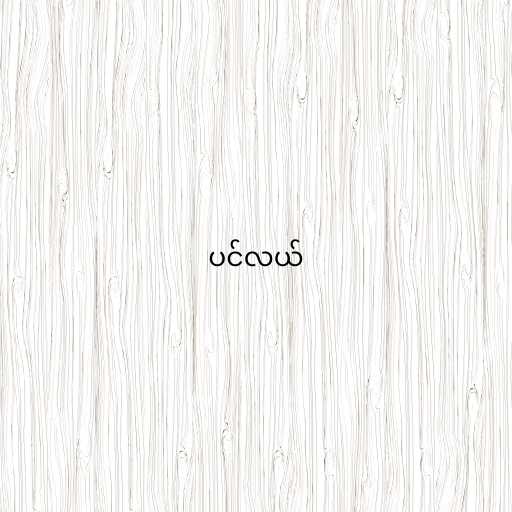
ပင်လယ်